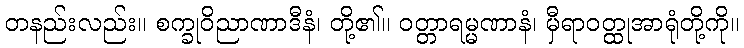
တနည်းလည်း။ စက္ခုဝိညာဏာဒီနံ၊ တို့၏။ ဝတ္တာရမ္မဏာနံ၊ မှီရာဝတ္ထုအာရုံတို့ကို။